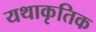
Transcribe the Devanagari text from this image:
यथाकृतिक